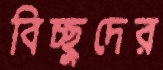
বিচ্ছুদের